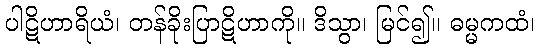
ပါဋိဟာရိယံ၊ တန်ခိုးပြာဋိဟာကို။ ဒိသွာ၊ မြင်၍။ ဓမ္မကထံ၊